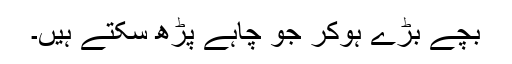
بچے بڑے ہوکر جو چاہے پڑھ سکتے ہیں۔